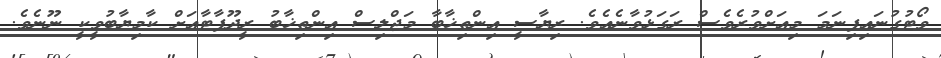
ވޯޓުގުނައިފިނަމަ މިއަށްވުރެވެސް ރަގަޅުވާނެއެވެ. ރިޔާސީ އިންތިޚާބާ މަޖްލިސް އިންތިޚާބު ރީދޫފާޓާއަށް ކާމިޔާބުވީކީ ނޫނެވެ.